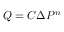
Q = C { \Delta } P ^ { n } \,